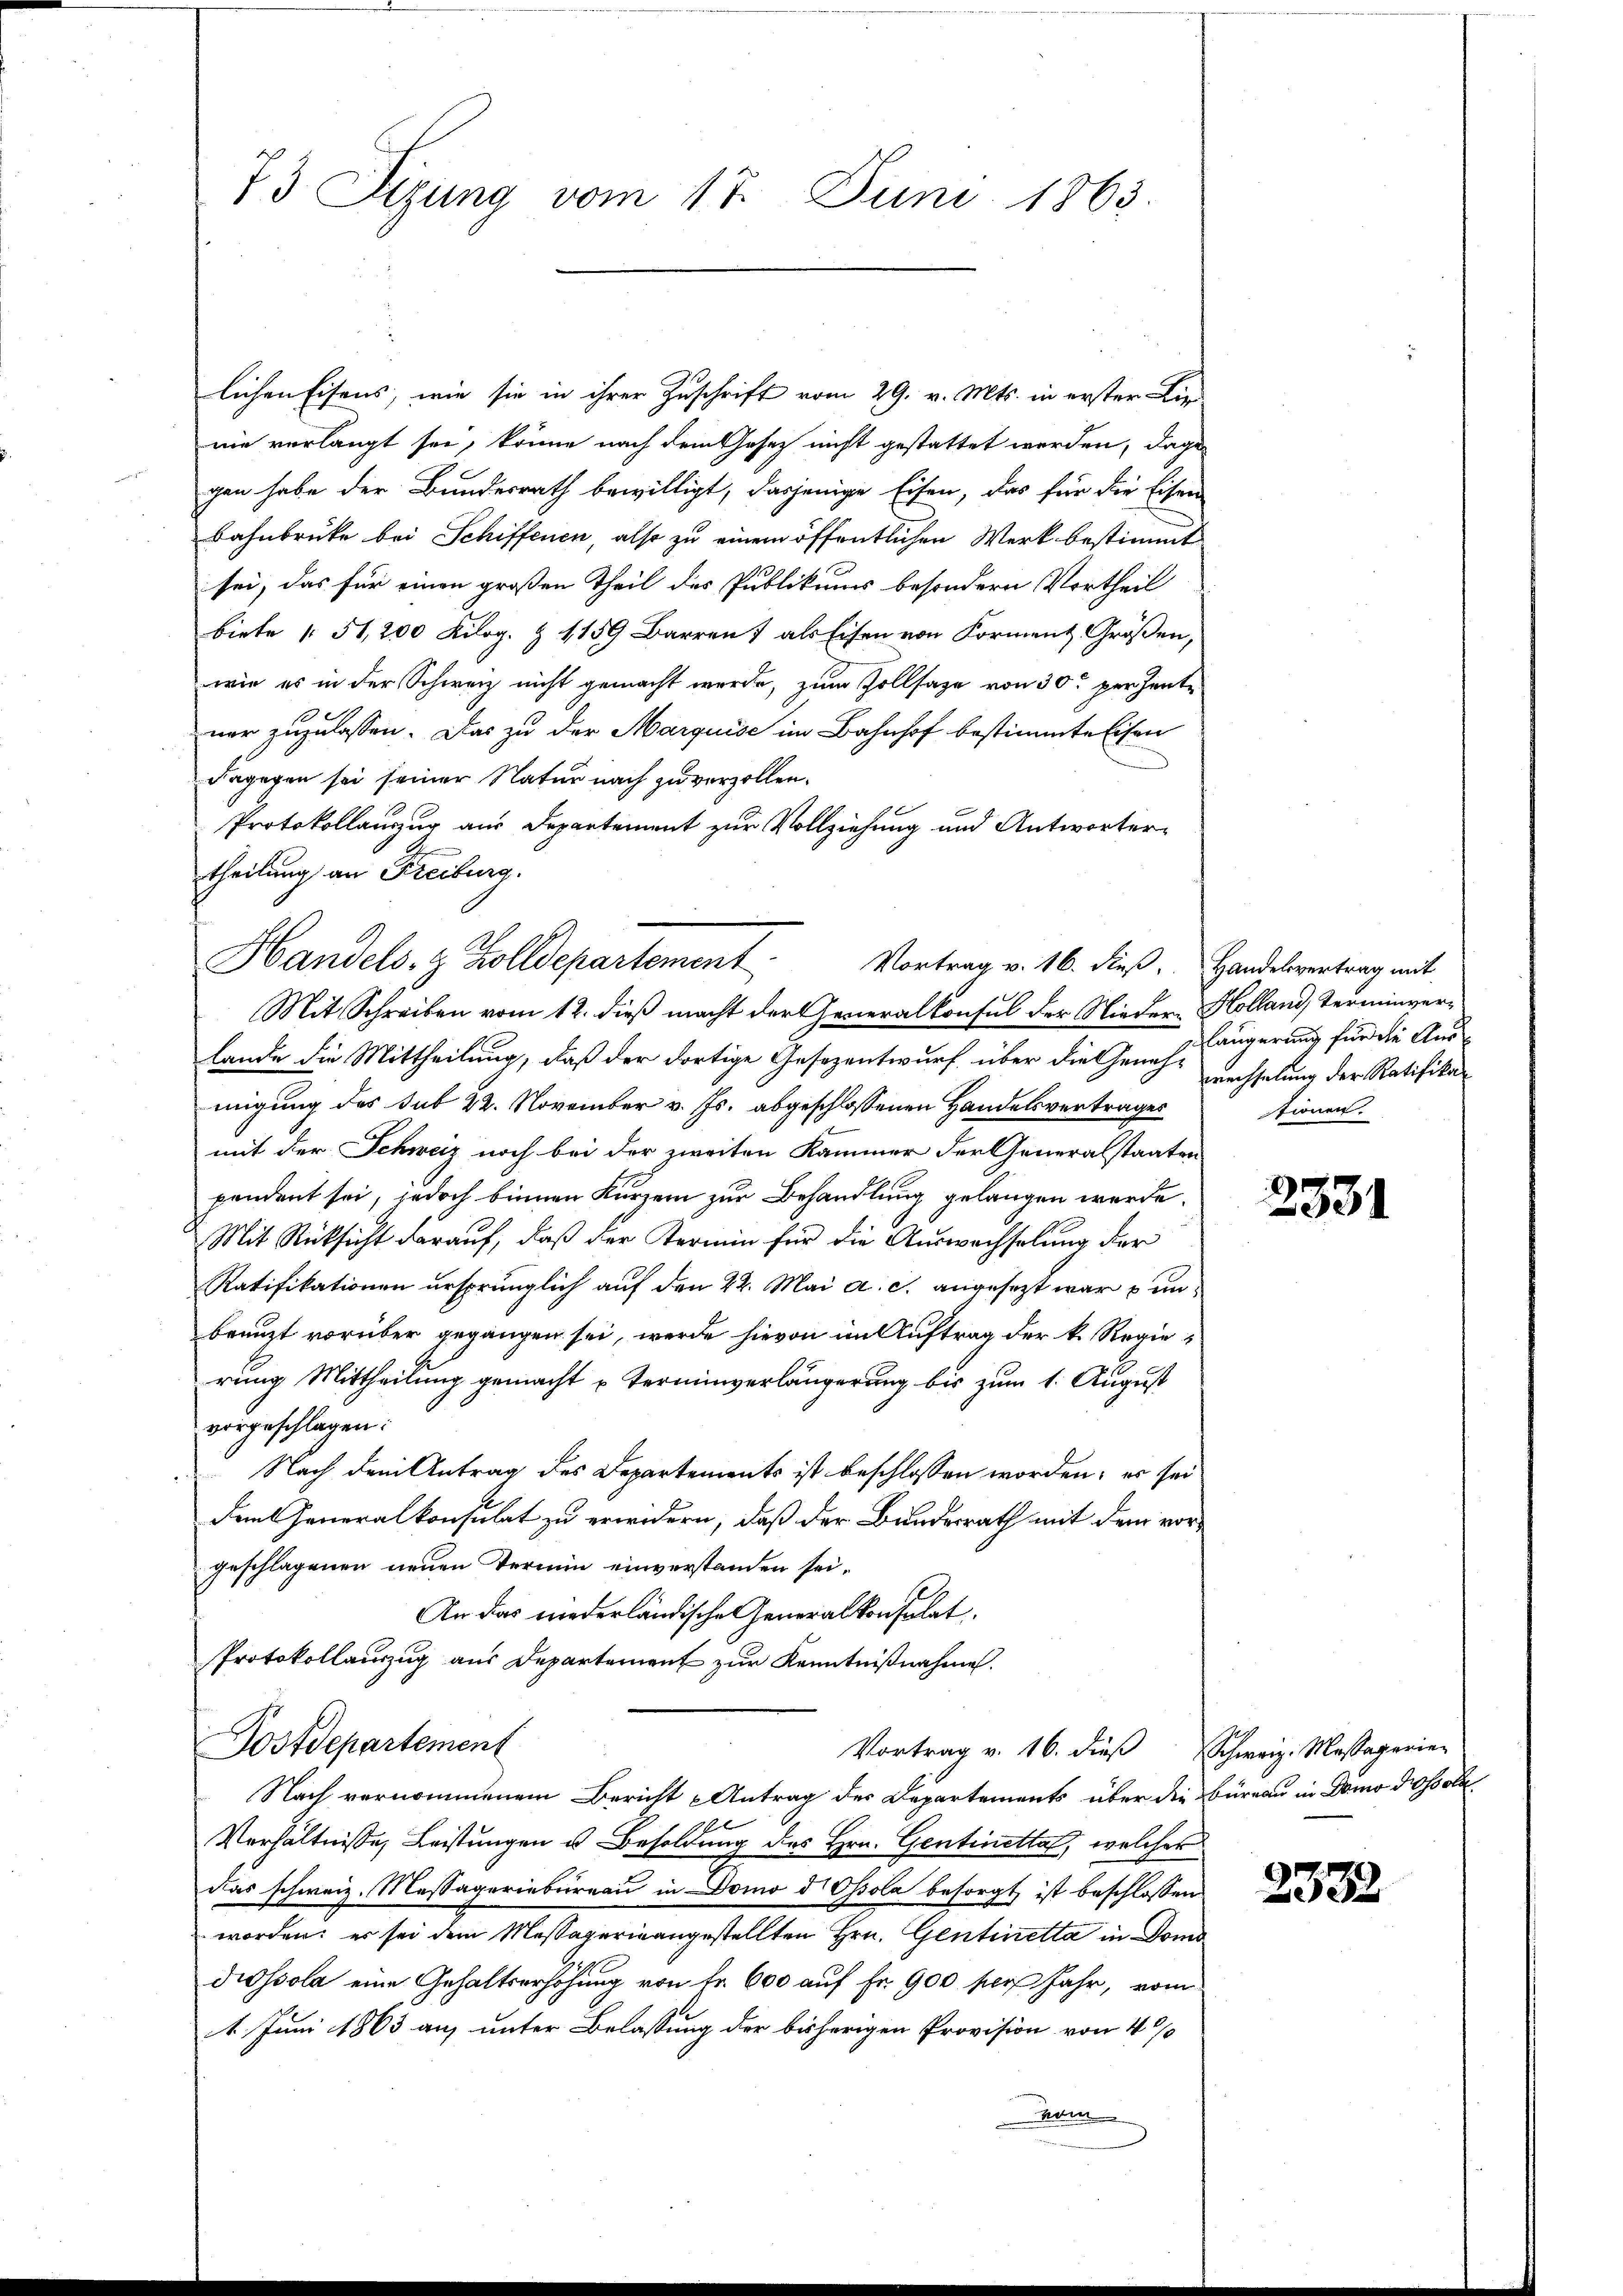
73 Sizung vom 17. Juni 1863.

lichen Eisens, wie sie in ihrer Zuschrift vom 29. v. Mts. in erster Lie
nie verlangt sei, könne nach dem Gesetz nicht gestattet werden, dage
gen habe der Bundesrath bewilligt, dasjenige Eisen, das für die Eisen
Bahnbrücke bei Schiffenen, also zu einem öffentlichen Werk bestimmt
sei, das für einen großen Theil des Publikums besondern Vortheil
biete § 51,200 Kilog. & 1159 Barren 7 als Eisen von Forment Größen,
wie es in der Schweiz nicht gemacht werde, zum Zollsage von 30 perzente
ner zuzulassen. Das zu der Marquise im Bahnhof bestimmte Eisen
dagegen sei seiner Natur nach zu verzollen.
Protokollauszug aus Departement zur Vollziehung und Antwortertheilung an Freiburg.
Mit Schreiben vom 12. dieß macht der Generalkonsul der Nieder-Holland, Terminverlande die Mittheilung, daß der dortige Gesezentwurf über die Geneh- wachselung der Ratifikamigung des sub 22. November v. Js. abgeschlossenen Handelsvertrages
mit der Schweiz noch bei der zweiten Kammer der Generalstaaten
pendent sei, jedoch binnen Kurzem zur Behandlung gelangen werde.
Mit Rücksicht darauf, daß der Termin für die Auswechselung der
Ratifikationen ursprünglich auf den 22. Mai a. c. angesezt war unbreuzt vorüber gegangen sei, werde hievon im Auftrag der k. Regierung Mittheilung gemacht u Terminverlängerung bis zum 1. August
vorgeschlagen:
Nach dem Antrag des Departements ist beschlossen worden; es sei
dem Generalkonsulat zu erwidern, daß der Bundesrath mit dem vorgeschlagenen neuen Termin einverstanden sei.
An das niederländische Generalkonsulat
Protokollauszug aus Departement zur Kenntnißnahme.
Postdepartement
Vortrag v. 16. dieß Schweiz. Massagerier
Nach vernommenem Bericht - Antrag des Departements über die Büreau in Demo possolu¬
Verhältnisse, Leistungen u. Besoldung des Hrn. Gentinetta, welcher
das schweiz. Massageriebureau in Domo d Ossola besorgt ist beschlossen
worden; er sei dem Massagerin angestellten Hrn. Gentinetta in Doms
dissola eine Gehaltserhöhung von Fr. 600 auf Fr. 900 per Jahr, vom
4. Juni 1863 auf unter Belassung der bisherigen Provision von 4 %
Cum

Handels- & Zolldepartement
Vortrag v. 16. dieß. Handelsvertrag mit

längerung für die Austionen.

2331

2332